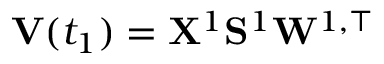
\mathbf { V } ( t _ { 1 } ) = \mathbf { X } ^ { 1 } \mathbf { S } ^ { 1 } \mathbf { W } ^ { 1 , \top }